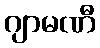
ဂျာမဏီ